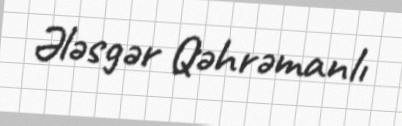
Ələsgər Qəhrəmanlı